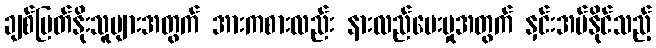
ချစ်မြတ်နိုးသူများအတွက် အားကစားလည်း နားလည်ပေးမှုအတွက် နှင်းအပ်နိုင်သည့်